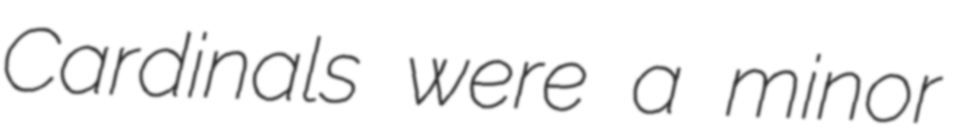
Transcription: Cardinals were a minor